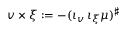
v \times \xi : = - ( \iota _ { v } \, \iota _ { \xi } \mu ) ^ { \sharp }